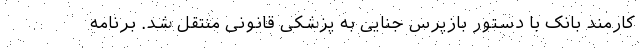
کارمند بانک با دستور بازپرس جنایی به پزشکی قانونی منتقل شد. برنامه